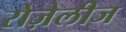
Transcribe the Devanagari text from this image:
रोज़ेलीज